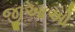
જીઆઓ